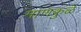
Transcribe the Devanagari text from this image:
माणकुळे